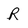
Character: R